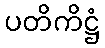
ပတိကိဋ္ဌံ